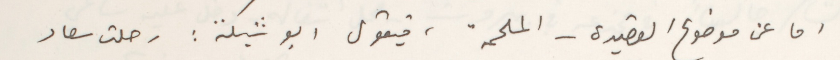
اما عن موضوع القصيدة - الملحمة، فيقول ابو شبكة : رحلت سعاد